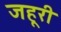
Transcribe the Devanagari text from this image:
जहूरी